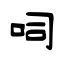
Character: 呞